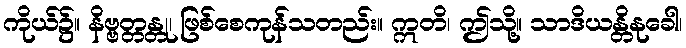
ကိုယ်၌။ နိဗ္ဗတ္တန္တု၊ ဖြစ်စေကုန်သတည်း။ ဣတိ၊ ဤသို့။ သာဒိယန္တိနုခေါ၊